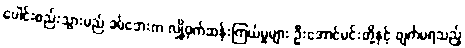
ပေါင်းစည်းသွားမည် ခမ်ဘေးက လျှို့ဝှက်ဆန်းကြယ်မှုများ ဦးအောင်မင်းတို့နှင့် ဖျက်မရသည့်